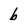
Character: b